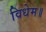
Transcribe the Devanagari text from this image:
विधेम॥